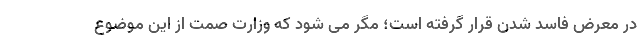
در معرض فاسد شدن قرار گرفته است؛ مگر می شود که وزارت صمت از این موضوع